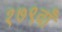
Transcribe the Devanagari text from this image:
१७९वाँ